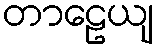
တာဠေယျ